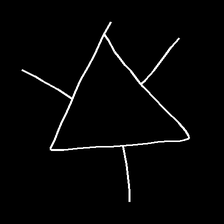
Glyph: fire